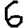
Digit: 6